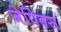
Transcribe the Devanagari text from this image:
जेपिक्स